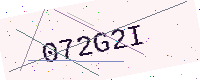
Text: 072G2I